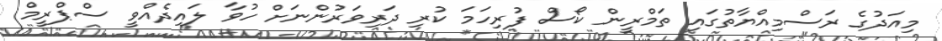
މިއަދުގެ ރަސްމިއްޔާތުގައި ތަމްރީން ކޯސް ފުރިހަމަ ކުރި ދަރިވަރުންނަށް ހުވާ ލައިދެއްވީ ސްޕްރީމް